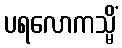
ပရလောကသ္မိံ